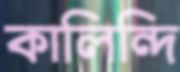
কালিন্দি